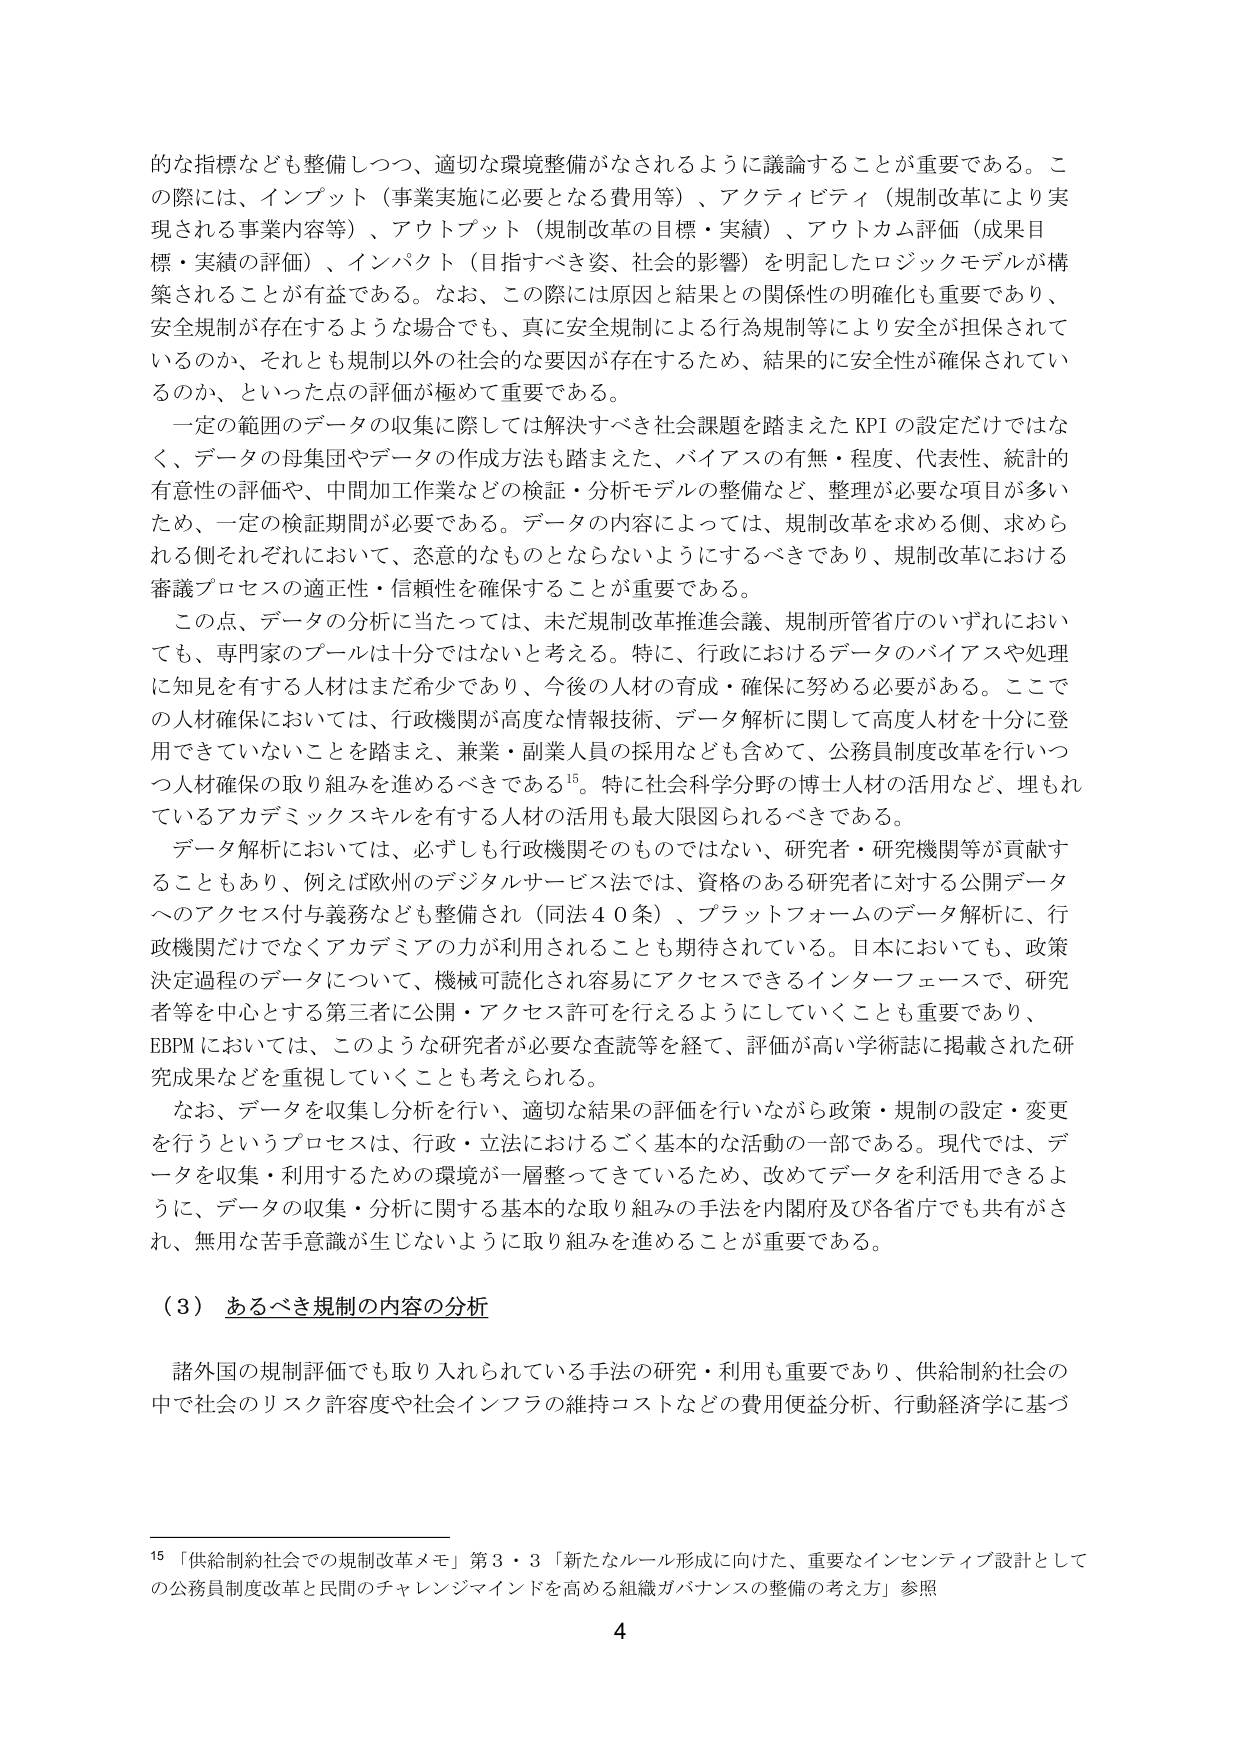
的な指標なども整備しつつ、適切な環境整備がなされるように議論することが重要である。この際には、インプット（事業実施に必要となる費用等）、アクティビティ（規制改革により実現される事業内容等）、アウトプット（規制改革の目標・実績）、アウトカム評価（成果目標・実績の評価）、インパクト（目指すべき姿、社会的影響）を明記したロジックモデルが構築されることが有益である。なお、この際には原因と結果との関係性の明確化も重要であり、安全規制が存在するような場合でも、真に安全規制による行為規制等により安全が担保されているのか、それとも規制以外の社会的な要因が存在するため、結果的に安全性が確保されているのか、といった点の評価が極めて重要である。

一定の範囲のデータの収集に際しては解決すべき社会課題を踏まえたKPIの設定だけではなく、データの母集団やデータの作成方法も踏まえた、バイアスの有無・程度、代表性、統計的有意性の評価や、中間加工作業などの検証・分析モデルの整備など、整理が必要な項目が多いため、一定の検証期間が必要である。データの内容によっては、規制改革を求める側、求められる側それぞれにおいて、恣意的なものとならないようにするべきであり、規制改革における審議プロセスの適正性・信頼性を確保することが重要である。

この点、データの分析に当たっては、未だ規制改革推進会議、規制所管省庁のいずれにおいても、専門家のプールは十分ではないと考える。特に、行政におけるデータのバイアスや処理に知見を有する人材はまだ希少であり、今後の人材の育成・確保に努める必要がある。ここでの人材確保においては、行政機関が高度な情報技術、データ解析に関して高度人材を十分に登用できていないことを踏まえ、兼業・副業人員の採用なども含めて、公務員制度改革を行いつつ人材確保の取り組みを進めるべきである¹⁵。特に社会科学分野の博士人材の活用など、埋もれているアカデミックスキルを有する人材の活用も最大限図られるべきである。

データ解析においては、必ずしも行政機関そのものではない、研究者・研究機関等が貢献することもあり、例えば欧州のデジタルサービス法では、資格のある研究者に対する公開データへのアクセス付与義務なども整備され（同法40条）、プラットフォームのデータ解析に、行政機関だけでなくアカデミアの力が利用されることも期待されている。日本においても、政策決定過程のデータについて、機械可読化され容易にアクセスできるインターフェースで、研究者等を中心とする第三者に公開・アクセス許可を行えるようにしていくことも重要であり、EBPMにおいては、このような研究者が必要な査読等を経て、評価が高い学術誌に掲載された研究成果などを重視していくことも考えられる。

なお、データを収集し分析を行い、適切な結果の評価を行いながら政策・規制の設定・変更を行うというプロセスは、行政・立法におけるごく基本的な活動の一部である。現代では、データを収集・利用するための環境が一層整ってきているため、改めてデータを利活用できるように、データの収集・分析に関する基本的な取り組みの手法を内閣府及び各省庁でも共有がされ、無用な苦手意識が生じないように取り組みを進めることが重要である。

（3） あるべき規制の内容の分析

諸外国の規制評価でも取り入れられている手法の研究・利用も重要であり、供給制約社会の中で社会のリスク許容度や社会インフラの維持コストなどの費用便益分析、行動経済学に基づ

¹⁵ 「供給制約社会での規制改革メモ」第3・3「新たなルール形成に向けた、重要なインセンティブ設計としての公務員制度改革と民間のチャレンジマインドを高める組織ガバナンスの整備の考え方」参照

4